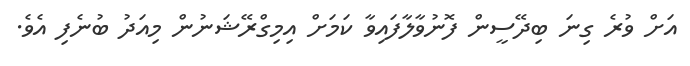
އަށް ވުރެ ގިނަ ބިދޭސީން ފޮނުވާލާފައިވާ ކަމަށް އިމިގްރޭޝަނުން މިއަދު ބުނެފި އެވެ.